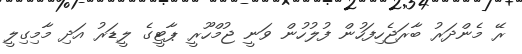
ރޭ މެންދަރު ބާރަޖެހިފަހުން ފުލުހުން ވަނީ ޖުމްހޫރީ ޕާޓީގެ ލީޑަރު އަދި މާމިގިލީ